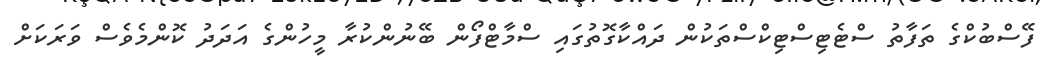
ފޭސްބުކްގެ ތަފާތު ސްޓެޓިސްޓިކްސްތަކުން ދައްކާގޮތުގައި ސްމާޓްފޯން ބޭނުންކުރާ މީހުންގެ އަދަދު ކޮންމެވެސް ވަރަކަށް